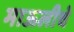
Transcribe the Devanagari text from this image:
माऊलीचे